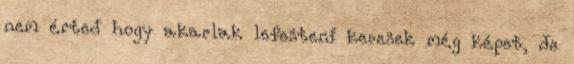
nem érted hogy akarlak lefesteni keresek még képet, de